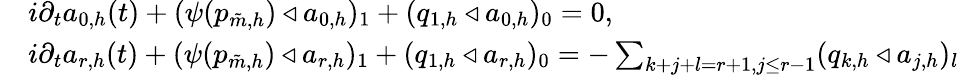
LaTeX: \begin{array}{rl}&{i\partial_{t}a_{0,h}(t)+(\psi(p_{\tilde{m},h})\triangleleft a_{0,h})_{1}+(q_{1,h}\triangleleft a_{0,h})_{0}=0,}\\ &{i\partial_{t}a_{r,h}(t)+(\psi(p_{\tilde{m},h})\triangleleft a_{r,h})_{1}+(q_{1,h}\triangleleft a_{r,h})_{0}=-\sum_{k+j+l=r+1,j\leq r-1}(q_{k,h}\triangleleft a_{j,h})_{l}}\end{array}